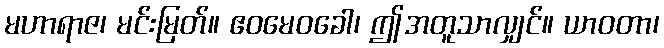
မဟာရာဇ၊ မင်းမြတ်။ ဧဝမေဝခေါ၊ ဤအတူသာလျှင်။ ယာဝတာ၊